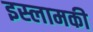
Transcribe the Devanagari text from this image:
इस्लामकी